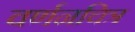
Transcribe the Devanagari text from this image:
वर्णनचित्र